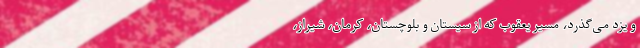
و یزد می‌گذرد، مسیر یعقوب که از سیستان و بلوچستان، کرمان، شیراز،